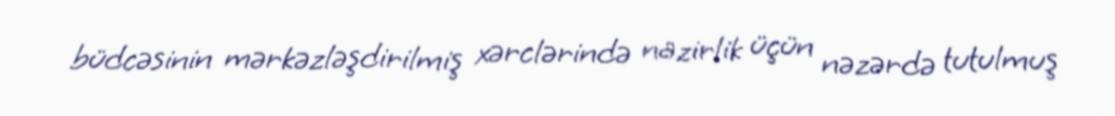
büdcəsinin mərkəzləşdirilmiş xərclərində nazirlik üçün nəzərdə tutulmuş